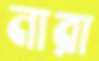
নারা